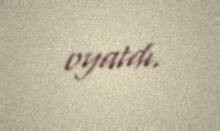
oyatdı.